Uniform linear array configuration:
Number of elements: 4
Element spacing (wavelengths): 1
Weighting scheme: hamming
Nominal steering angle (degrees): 0
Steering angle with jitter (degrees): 0.6017
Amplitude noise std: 0.05
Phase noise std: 0.05

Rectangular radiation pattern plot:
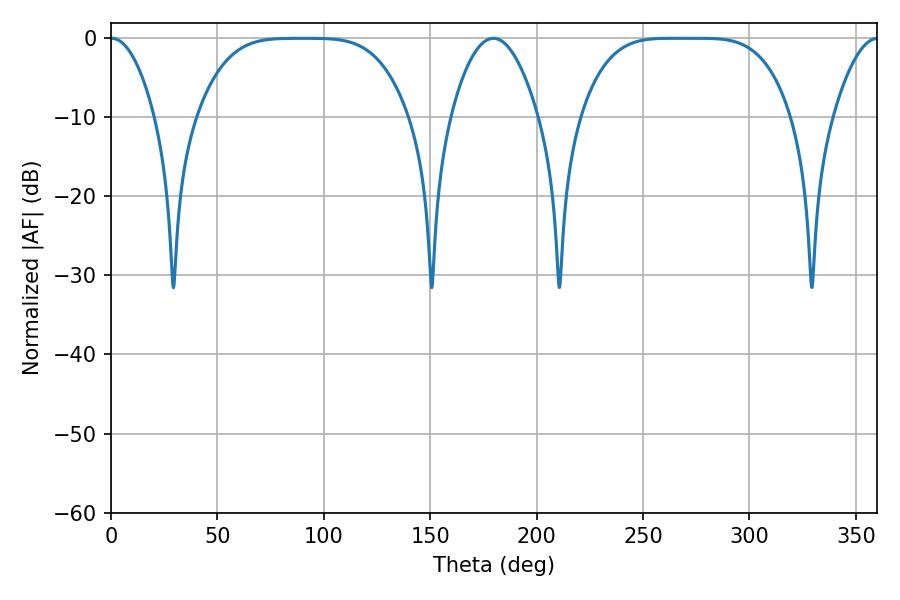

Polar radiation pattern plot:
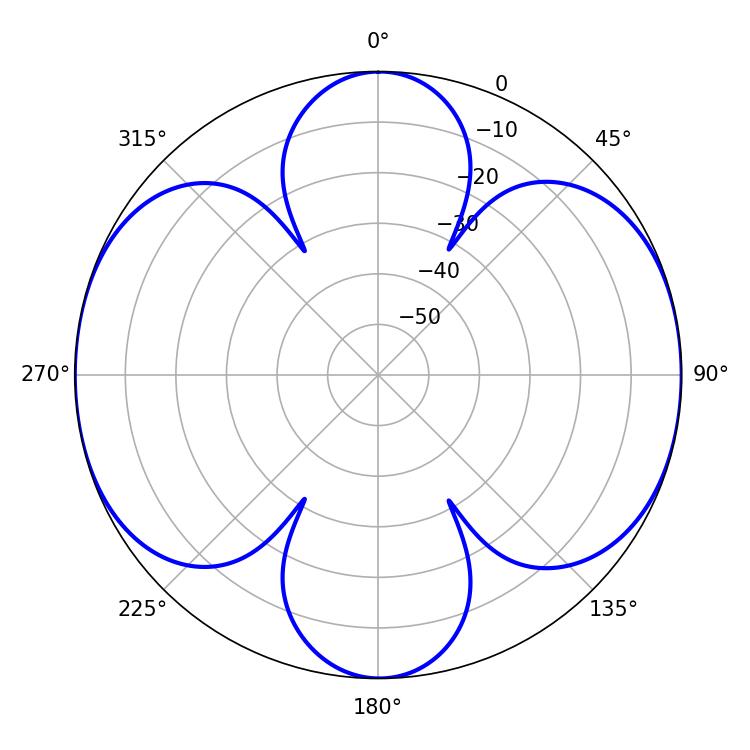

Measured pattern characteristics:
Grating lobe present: TRUE
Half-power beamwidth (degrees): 73.8
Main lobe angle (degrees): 264.06